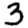
Digit: 3